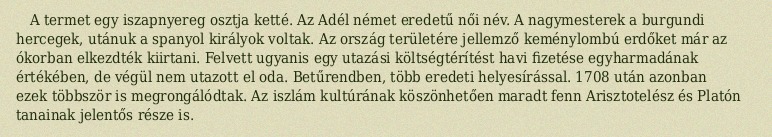
A termet egy iszapnyereg osztja ketté. Az Adél német eredetű női név. A nagymesterek a burgundi hercegek, utánuk a spanyol királyok voltak. Az ország területére jellemző keménylombú erdőket már az ókorban elkezdték kiirtani. Felvett ugyanis egy utazási költségtérítést havi fizetése egyharmadának értékében, de végül nem utazott el oda. Betűrendben, több eredeti helyesírással. 1708 után azonban ezek többször is megrongálódtak. Az iszlám kultúrának köszönhetően maradt fenn Arisztotelész és Platón tanainak jelentős része is.